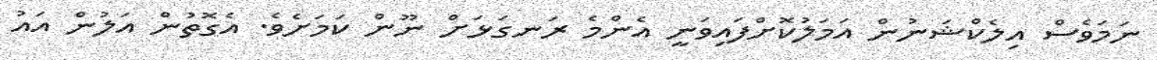
ނަމަވެސް އިލެކްޝަނުން އަމަލުކޮށްފައިވަނީ އެންމެ ރަނގަޅަށް ނޫން ކަމަށެވެ. އެގޮތުން އަލުން އައު